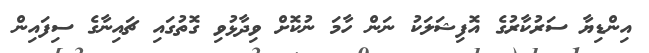
އިންޑިޔާ ސަރުކާރުގެ އޮފިޝަލަކު ނަން ހާމަ ނުކޮށް ވިދާޅުވި ގޮތުގައި ޗައިނާގެ ސިފައިން